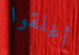
أغلقوا